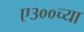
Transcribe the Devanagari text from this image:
ए३००च्या